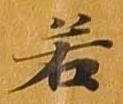
若